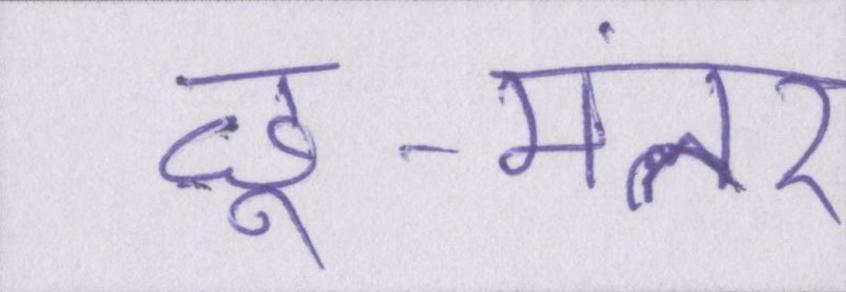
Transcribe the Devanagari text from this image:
छू-मंतर